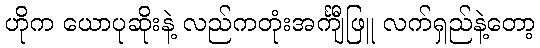
ဟိုက ယောပုဆိုးနဲ့ လည်ကတုံးအင်္ကျီဖြူ လက်ရှည်နဲ့တော့